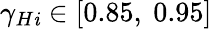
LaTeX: {{\gamma}_{H\mathit{i}}}\in\left[0.85,\ 0.95\right]